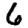
Digit: 6